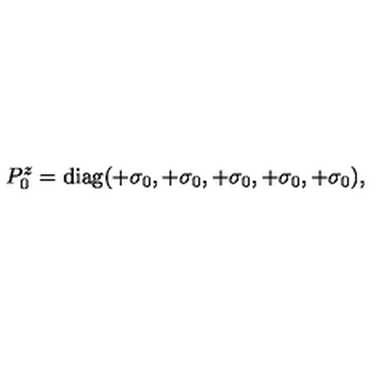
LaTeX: P _ { 0 } ^ { z } = \mathrm { d i a g } ( + \sigma _ { 0 } , + \sigma _ { 0 } , + \sigma _ { 0 } , + \sigma _ { 0 } , + \sigma _ { 0 } ) , \,